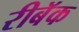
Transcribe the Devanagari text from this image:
रीबॅक